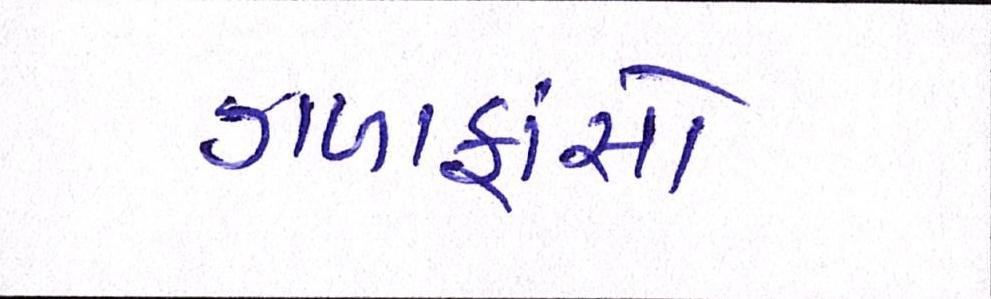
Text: ગળાફાંસો